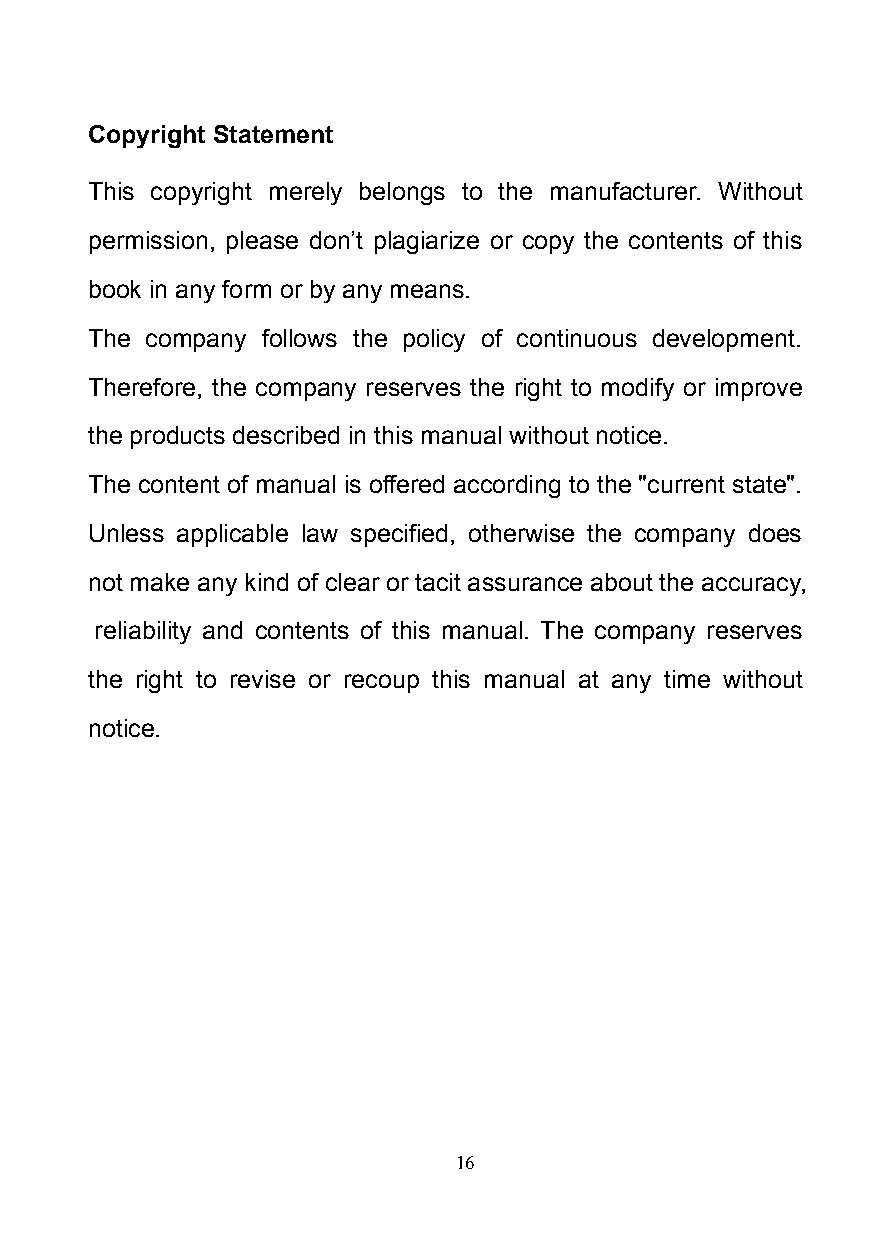
Copyright Statement
 This copyright merely belongs to the manufacturer. Without
 permission, please don’t plagiarize or copy the contents of this
 book in any form or by any means.
 The company follows the policy of continuous development.
 Therefore, the company reserves the right to modify or improve
 the products described in this manual without notice.
 The content of manual is offered according to the "current state".
 Unless applicable law specified, otherwise the company does
 not make any kind of clear or tacit assurance about the accuracy,
 reliability and contents of this manual. The company reserves
 the right to revise or recoup this manual at any time without
 notice.
 16